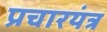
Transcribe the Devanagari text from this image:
प्रचारयंत्र